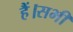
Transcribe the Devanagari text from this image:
हैं।सभी